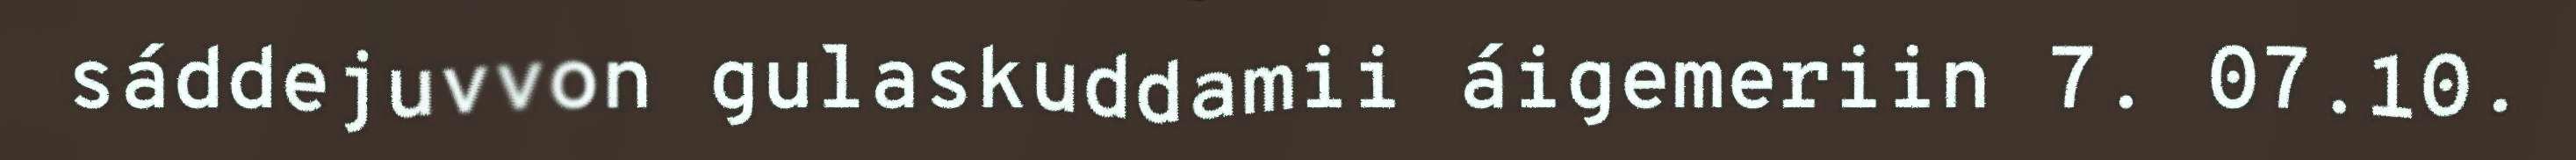
sáddejuvvon gulaskuddamii áigemeriin 7. 07.10.